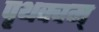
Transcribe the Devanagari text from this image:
पृथक्वम्